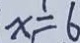
x = 6